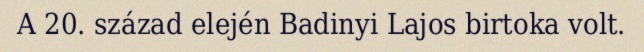
A 20. század elején Badinyi Lajos birtoka volt.